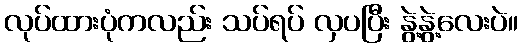
လုပ်ထားပုံကလည်း သပ်ရပ် လှပပြီး နွဲ့နွဲ့လေးပဲ။